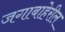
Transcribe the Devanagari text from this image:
जगाबाहेरील